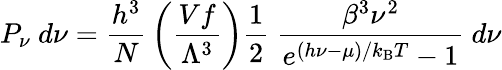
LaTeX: P_{\nu}~d\nu={\frac{h^{3}}{N}}\left({\frac{Vf}{\Lambda^{3}}}\right){\frac{1}{2}}~{\frac{\beta^{3}\nu^{2}}{e^{(h\nu-\mu)/k_{\mathrm{{B}}}T}-1}}~d\nu